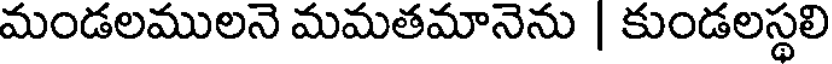
మండలములనె మమతమానెను | కుండలస్థలి